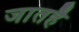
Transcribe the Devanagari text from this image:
जातहै